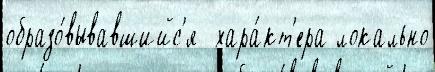
образо́вывавшийс'я  хара́кт'ера локально